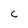
Character: c